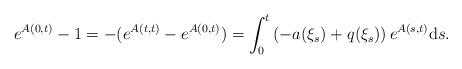
LaTeX: \begin{align*}e^{A(0,t)}-1=-(e^{A(t,t)}-e^{A(0,t)})=\int_{0}^{t}\left(-a(\xi_{s})+q(\xi_{s})\right)e^{A(s,t)}{\rm d}s.\end{align*}